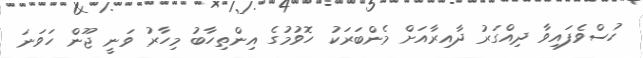
ހުސްވެފައިވާ ދިއްގަރު ދާއިރާއަށް މެންބަރަކު ހޮވުމުގެ އިންތިހާބު މިހާރު ވަނީ ޖޫން ހަވަނަ